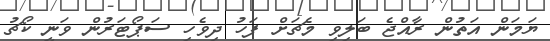
ޔަމަން އަތުން ރާއްޖެ ބަލިވި މެޗަށް ފަހު ދިވެހި ސަޕޯޓަރުން ވަނީ ކޯޗު